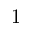
{ 1 }